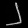
Digit: ၂